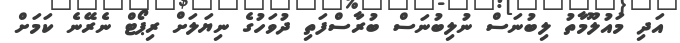
އަދި މައުލޫމާތު ލިބުނަސް ނުލިބުނަސް ބުރާސްފަތި ދުވަހުގެ ނިޔަލަށް ރިޕޯޓް ނެރޭނެ ކަމަށް